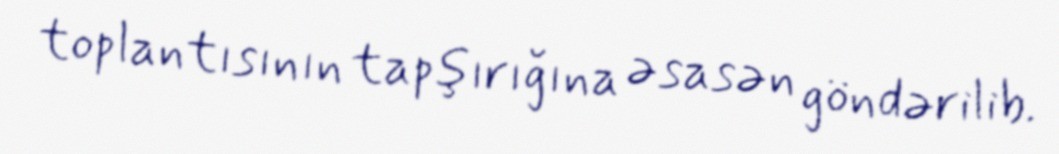
toplantısının tapşırığına əsasən göndərilib.